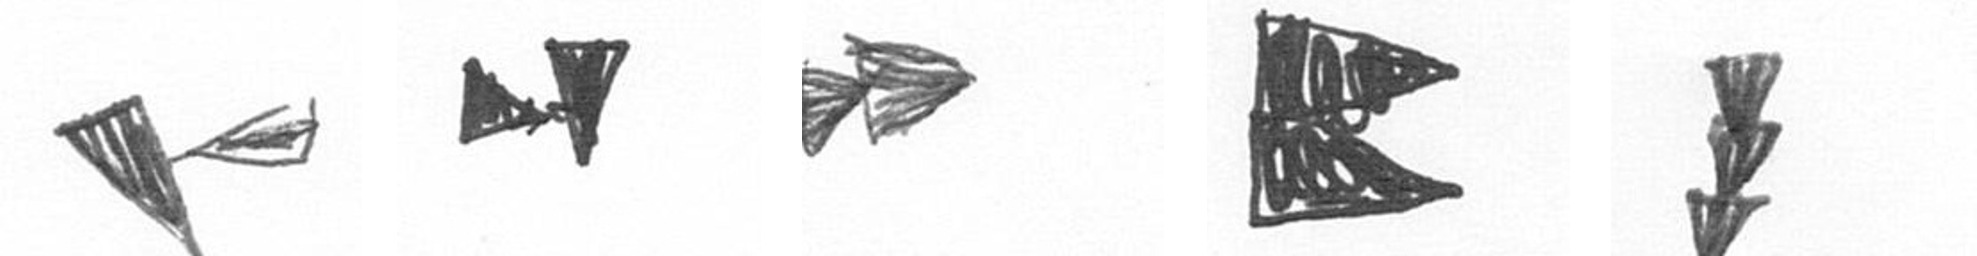
F M A P E